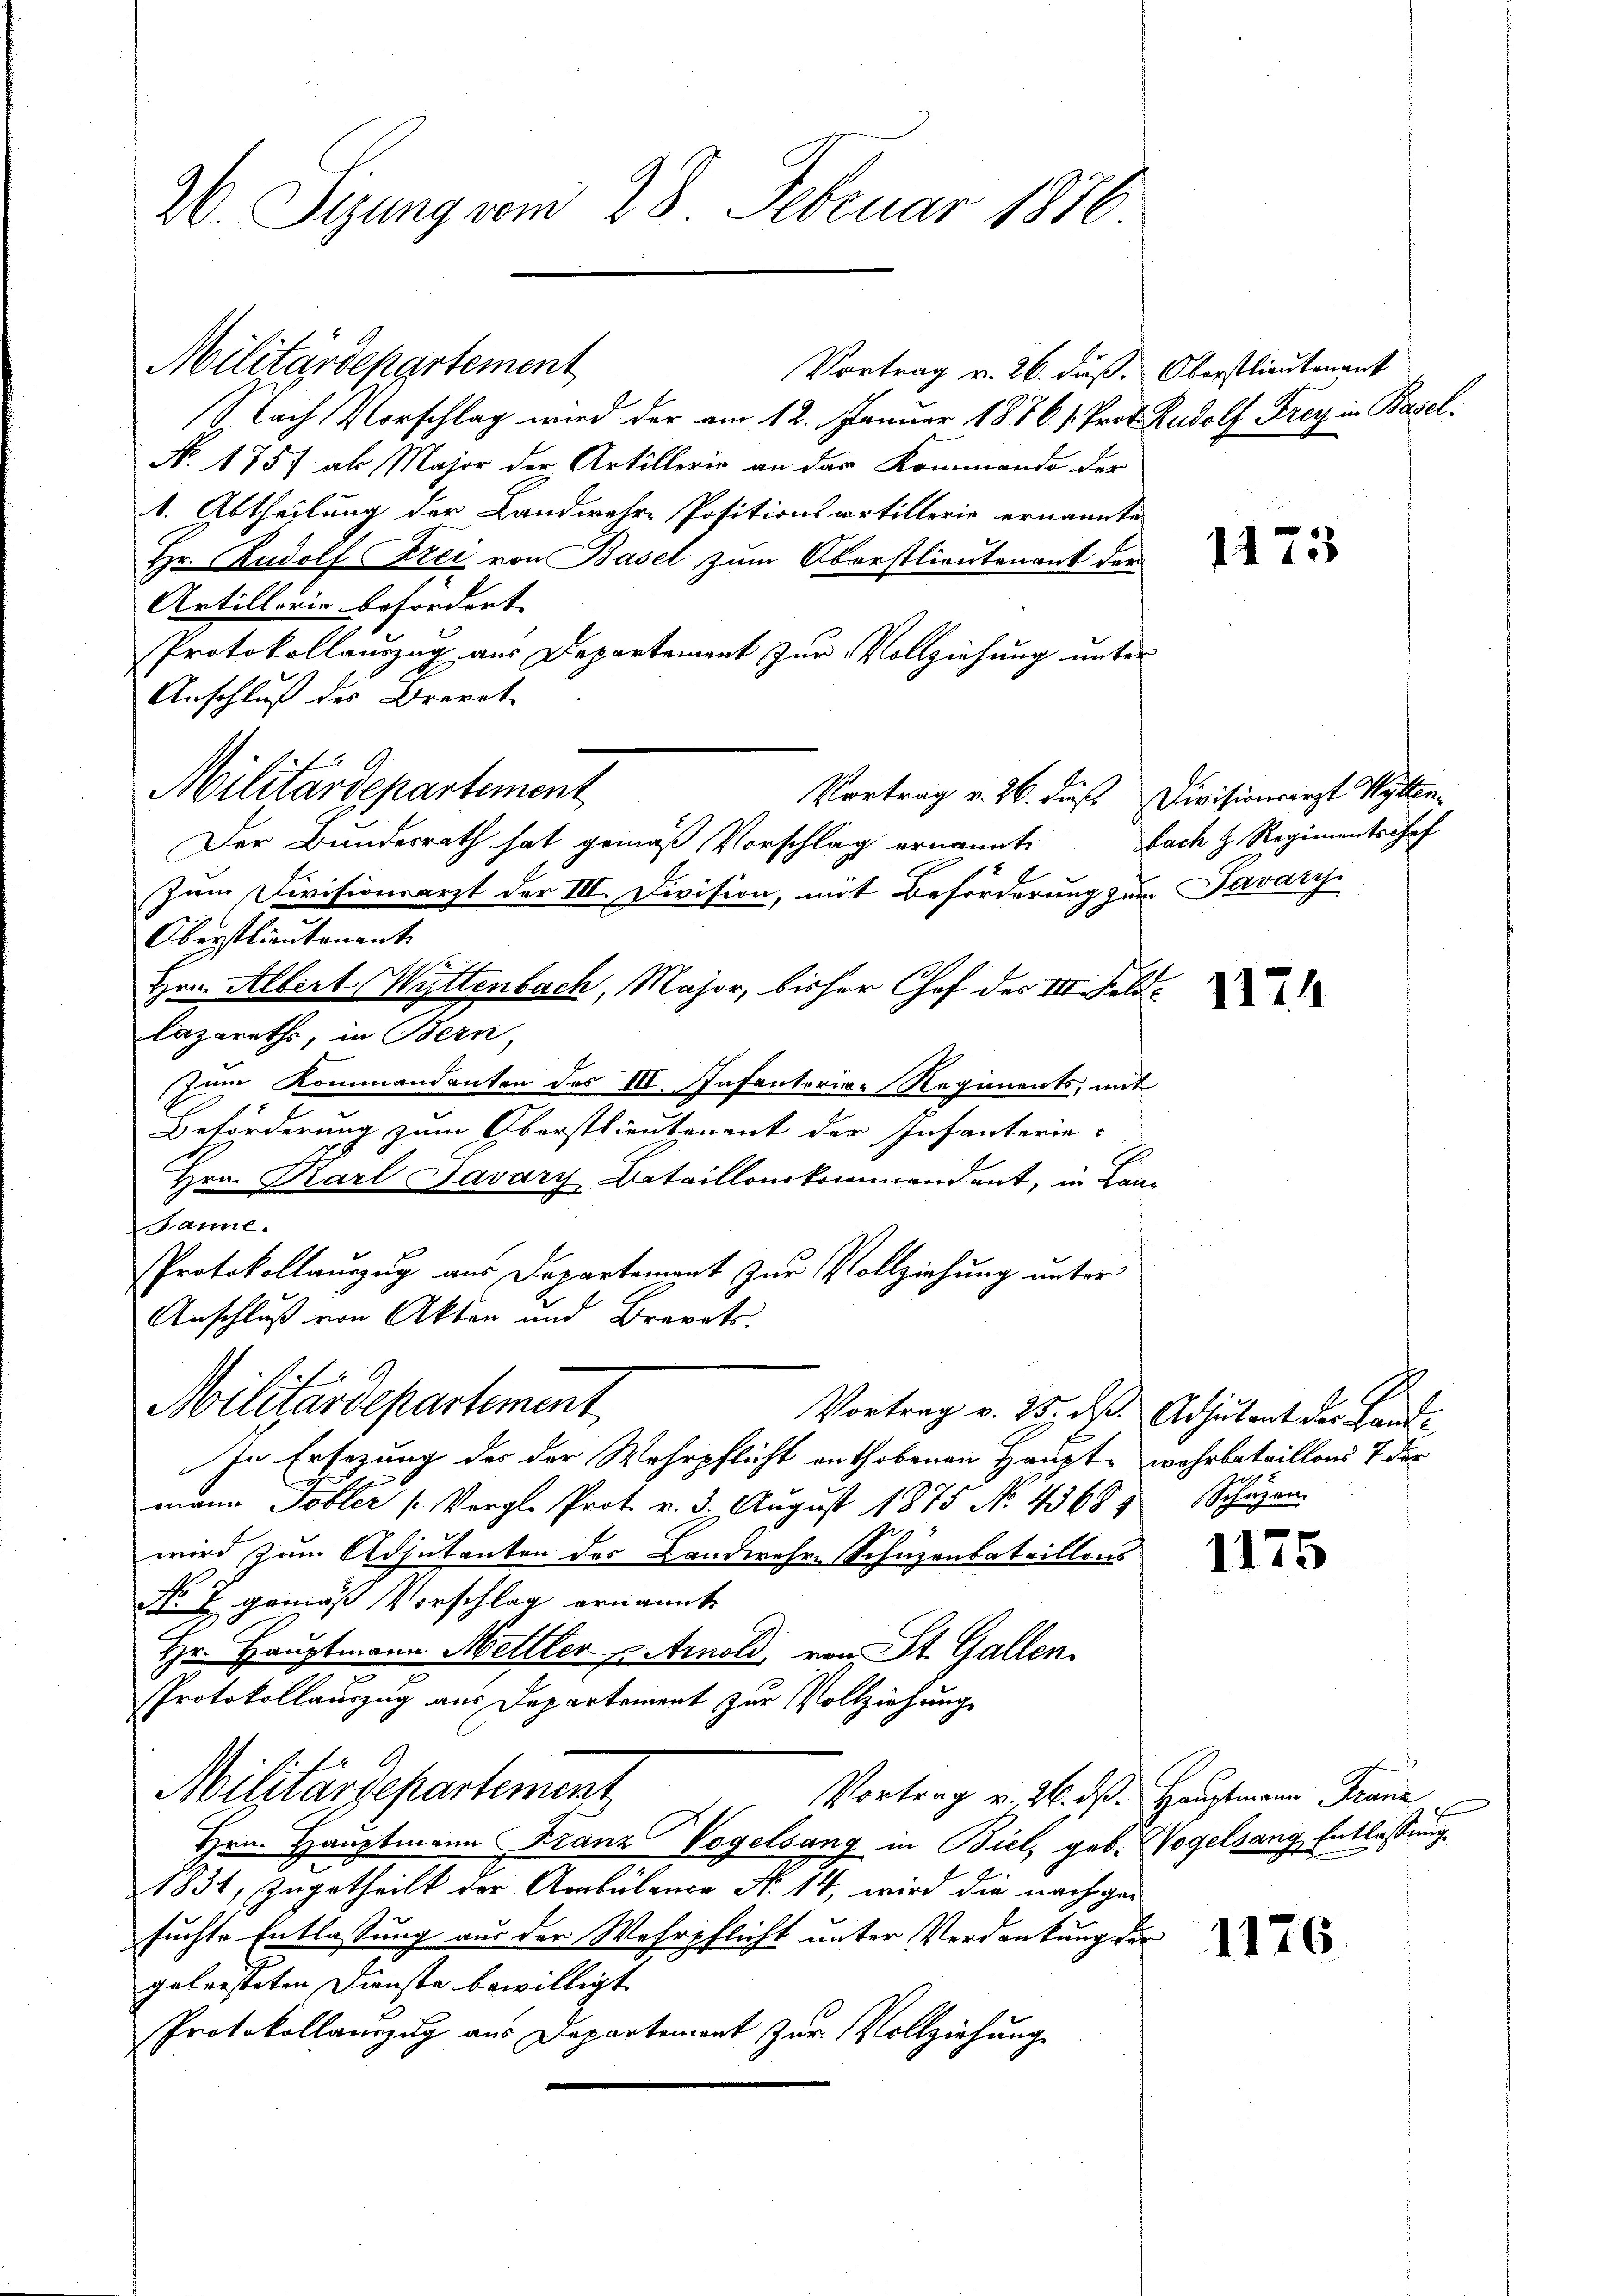
26. Sizung vom 28. Februar 1876

Militärdepartement
Vortrag v. 26. dieß. Oberstlieutenant
Nach Vorschlag wird der am 12. Januar 1876 s. Prof. Rudolf Frey in Basel¬
No. 1757 als Major der Artillerie an das Kommendo der
1. Abtheilung der Landwehre Positionsartillerie ernannte
Hr. Rudolf Strei von Basel zum Oberstlieutenant der
Artillerie befordert. |
Protokollauszug aus Departement zur Vollziehung unter
Anschluß des Brevet
Militärdepartement
Der Bundesrath hat gemäß Vorschlag ernannt
Zum Divisionsarzt der III. Division, mit Beförderung zum Pavary
Oberstlieutenant
Hrn. Albert Waltenbach, Major, bisher Chef des III. Foldlazareths, in Bern,
zum Kommandenten des III. Infanterie-Regiments, mit
Beförderung zum Oberstlieutenant der Infanterie-
Hrn. Karl Javary Bataillonskommendant, in Lan¬
Banne.
PProtokollauszug aus Departement zur Vollziehung unter
Anschluß von Akten und Brevets.
E
Militärdepartement
Vortrag v. 25. ds. Adjutant der Lande
In Ersezung des der Wehrpflicht enthobenen Haupt wahrbataillons 7 der
mann Tobler (Vergl. Prot. v. 3. Aŭgŭst 1875 No 43685 Schäzen
wird zum Adjutanten des Landwehre Schuzenbataillons
No 7 gemäß Vorschlag ernannte
Hr. Hauptmann Mettler Arnold, von St. Gallen.
Protokollauszug aus Departement zur Vollziehung
Militärdepartement
Vortrag v. 26. ds. Hauptmann Franz
Hrn. Hauptmann Franz Vogelsang in Biel, geb. Wogelsang, Entlassung
1831, zugetheilt der Ambülance No 14, wird die nachgesuchte Entlassung aus der Wehrpflicht unter Verdankung der
geleisteten Dienste bewilligt.
Protokollauszug aus Departement zur Vollziehung

1173

Vortrag v. 26. dieß. Divisionsarzt Witten.
bach H. Regimentschaf

1174

1175

1176